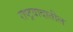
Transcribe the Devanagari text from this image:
राष्ट्रवादातील